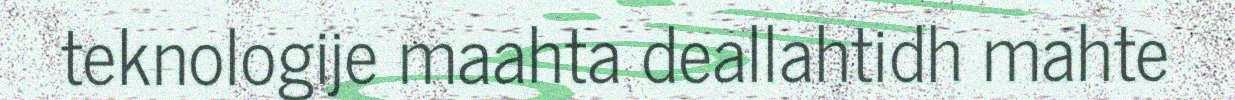
teknologije maahta deallahtidh mahte